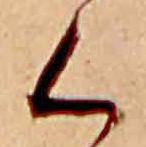
く